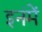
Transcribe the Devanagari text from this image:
इनंमें